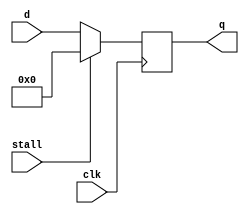
`timescale 1ns / 1ps
//////////////////////////////////////////////////////////////////////////////////
// Company: 
// Engineer: 
// 
// Design Name: 
// Module Name:    floprs 
// Project Name: 
// Target Devices: 
// Tool versions: 
// Description: 
//
// Dependencies: 
//
// Revision: 
// Revision 0.01 - File Created
// Additional Comments: 
//
//////////////////////////////////////////////////////////////////////////////////
module floprs(clk,stall,d,q
    );
	 input clk;
	 input stall;
	 input [31:0]d;
	 output reg[31:0]q;
	 
	 always@(posedge clk)
	 begin
		if(stall)
			q=0;
		else
			q=d;
	 end


endmodule